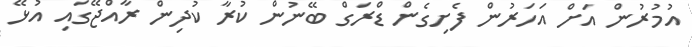
އުމުރުން އަށް އަހަރުން ފެށިގެން ޑްރަގް ބޭނުން ކުރާ ކުދިން ރާއްޖޭގައި އުޅޭ